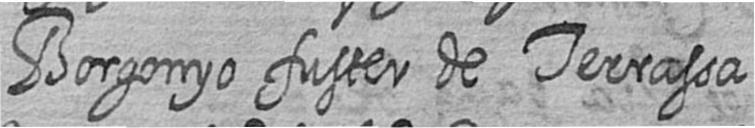
Borgonyo fuster de Terrassa